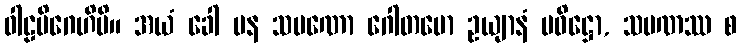
ဝါဠမိဂေဟိပိ။ အယံ ခေါ ပန သမဏော ဂေါတမော ဥယျာနံ ပဝိဋ္ဌော, သမဏဿ စ